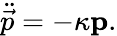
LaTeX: \ddot{\vec{p}}=-\kappa\mathbf{p}.